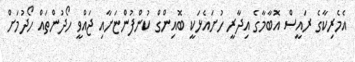
އެމެރިކާގެ ރައީސް އޮބާމާގެ އިދާރީ ހުށައެޅަކީ ބޮއިންގް ކުންފުންޏަށާއި ޖައްވީ ހޯދުންތައް ހޯދުމަށް